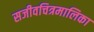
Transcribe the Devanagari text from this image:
सजीवचित्रमालिका